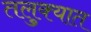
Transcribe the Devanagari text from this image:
तलुक्यात